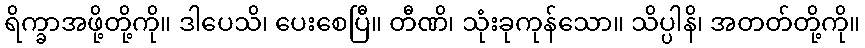
ရိက္ခာအဖို့တို့ကို။ ဒါပေသိ၊ ပေးစေပြီ။ တီဏိ၊ သုံးခုကုန်သော။ သိပ္ပါနိ၊ အတတ်တို့ကို။